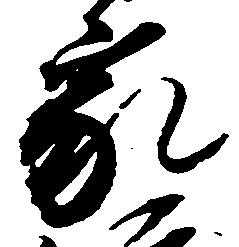
家